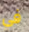
في